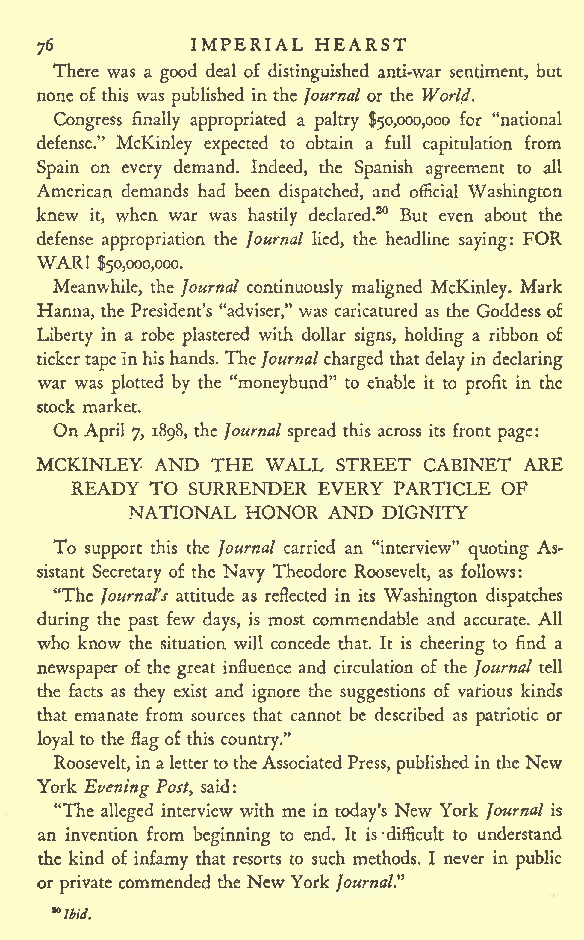
IMPERIAL HEARST
 76
 There was a good deal of distinguished anti-war sentiment, but
 none of this was published in the Journal or the World.
 Congress finally appropriated a paltry $50,000,000 for "national
 defense." McKinley expected to obtain a full capitulation from
 Spain on every demand. Indeed, the Spanish agreement to all
 American demands had been dispatched, and official Washington
 knew it, when war was hastily declared.20 But even about the
 FOR
 defense appropriation the Journal lied, the headline saying:
 WAR!
 $50,000,000.
 Meanwhile, the Journal continuously maligned McKinley. Mark
 Hanna, the President's "adviser," was caricatured as the Goddess of
 Liberty in a robe plastered with dollar signs, holding a ribbon of
 tickertapeInhishands.The Journalcharged thatdelay in declaring
 war was plotted by the "moneybund" to enable it to profit in the
 stock market.
 On April 7, 1898, the Journal spread this across its front page:
 MCKINLEY AND THE WALL STREET CABINET ARE
 READY TO SURRENDER EVERY PARTICLE OF
 NATIONAL HONOR AND DIGNITY
 To support this the Journal carried an "interview" quoting As-
 sistant Secretary of the Navy Theodore Roosevelt, as follows:
 "The Journal's attitude as reflected in its Washington dispatches
 during the past few days, is most commendable and accurate. All
 who know the situation will concede that. It is cheering to find a
 newspaper of the great influence and circulation of the Journal tell
 the facts as they exist and ignore the suggestions of various kinds
 that emanate from sources that cannot be described as patriotic or
 loyal to the flag of this country."
 Roosevelt,inaletterto theAssociatedPress, published in the New
 York Evening Post, said:
 "The alleged interview with me in today's New York Journal is
 an invention from beginning to end. It is-difficult to understand
 the kind of infamy that resorts to such methods. I never in public
 or private commended the NewYork Journal"
 K
 lbid.